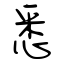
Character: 悉